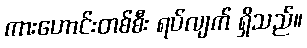
ကားဟောင်းတစ်စီး ရပ်လျက် ရှိသည်။